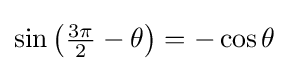
\sin \left({\tfrac {3\pi }{2}}-\theta \right)=-\cos \theta